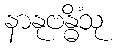
နာနုဗန္ဓိံသု